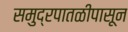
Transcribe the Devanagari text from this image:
समुद्रपातळीपासून